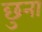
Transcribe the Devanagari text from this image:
छुना